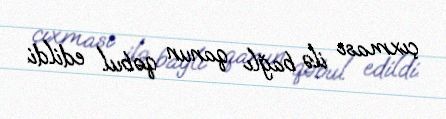
çıxması ilə bağlı qanun qəbul edildi.